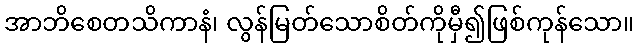
အာဘိစေတသိကာနံ၊ လွန်မြတ်သောစိတ်ကိုမှီ၍ဖြစ်ကုန်သော။